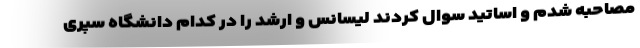
مصاحبه شدم و اساتید سوال کردند لیسانس و ارشد را در کدام دانشگاه سپری